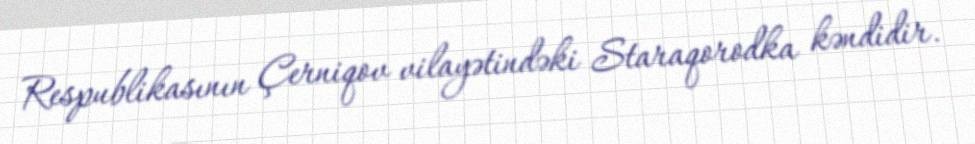
Respublikasının Çerniqov vilayətindəki Staraqorodka kəndidir.